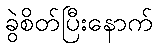
ခွဲစိတ်ပြီးနောက်